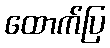
ထောက်ပြ